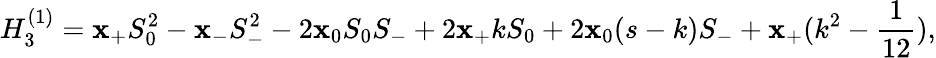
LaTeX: H_{3}^{(1)}=\mathbf{x}_{+}S_{0}^{2}-\mathbf{x}_{-}S_{-}^{2}-2\mathbf{x}_{0}S_{0}S_{-}+2\mathbf{x}_{+}kS_{0}+2\mathbf{x}_{0}(s-k)S_{-}+\mathbf{x}_{+}(k^{2}-\frac{{1}}{{12}}),